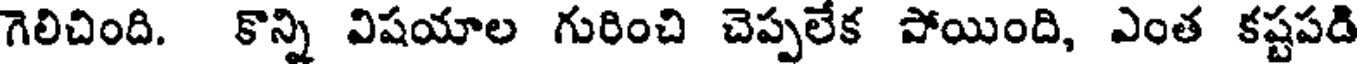
గెలిచింది. కొన్ని విషయాల గురించి చెప్పలేక పోయింది, ఎంత కష్టపది